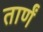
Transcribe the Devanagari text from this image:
तार्णं